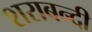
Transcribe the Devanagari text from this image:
शराबन्दी